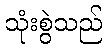
သုံးစွဲသည်